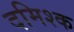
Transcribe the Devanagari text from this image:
दमिश्‍क